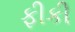
ફીકી